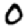
Digit: 0